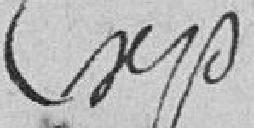
expédition